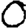
Digit: 0